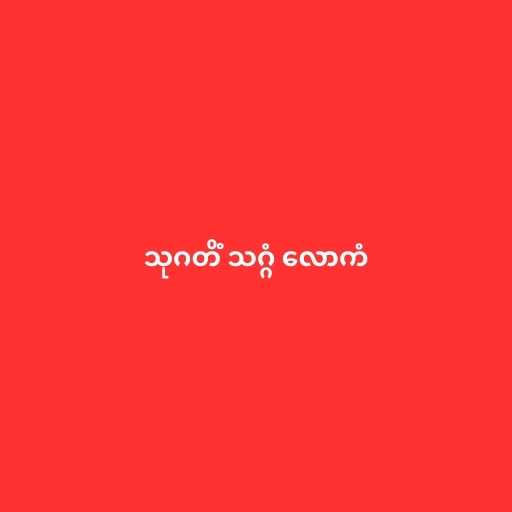
သုဂတိံ သဂ္ဂံ လောကံ